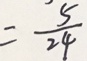
= \frac { 5 } { 2 4 }